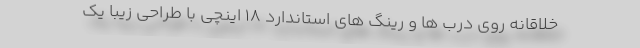
خلاقانه روی درب ها و رینگ های استاندارد 18 اینچی با طراحی زیبا یک